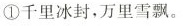
①千里冰封，万里雪飘。